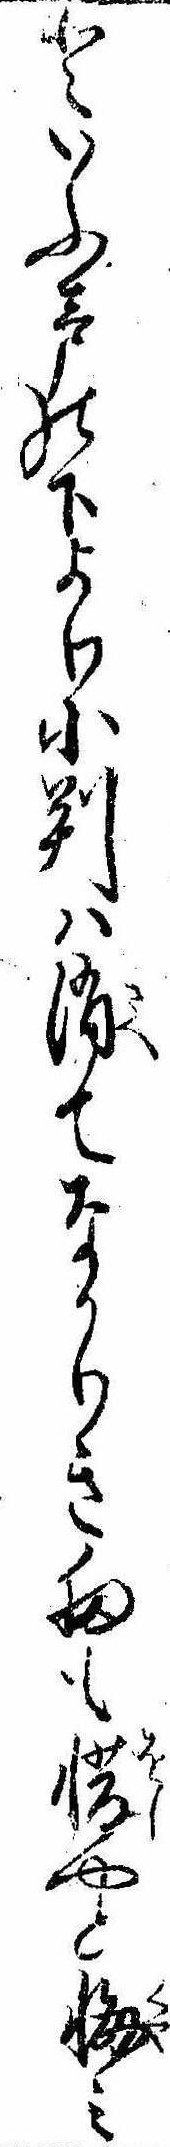
といふ声の下より小判は消てなかりき扨も惜やと悔み